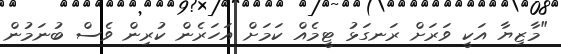
"މާޒިޔާ އަކީ ވަރަށް ރަނގަޅު ޓީމެއް ކަމަށް އަހަރެން ކުރިން ވެސް ބުނަމުން